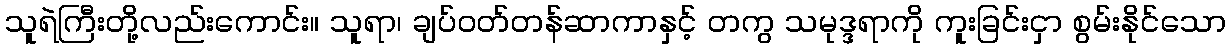
သူရဲကြီးတို့လည်းကောင်း။ သူရာ၊ ချပ်ဝတ်တန်ဆာကာနှင့် တကွ သမုဒ္ဒရာကို ကူးခြင်းငှာ စွမ်းနိုင်သော